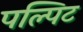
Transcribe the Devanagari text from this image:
पल्पिट